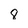
Character: 8